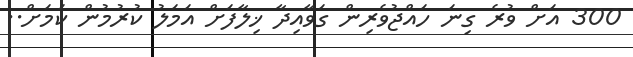
300 އަށް ވުރެ ގިނަ ހައްޖުވެރިން ގަވާއިދާ ޚިލާފަށް އަމަލު ކުރުމުން ކަމަށް..